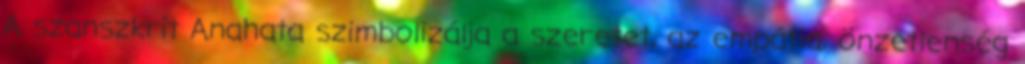
A szanszkrit Anahata szimbolizálja a szeretet, az empátia, önzetlenség